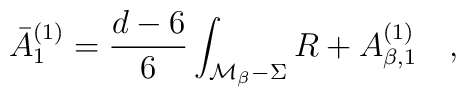
\bar{A}_1^{(1)}={ d-6 \over 6}\int _{{\cal M}_\beta -\Sigma}R +A_{\beta,1}^{(1)}~~~,